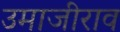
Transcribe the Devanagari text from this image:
उमाजीराव